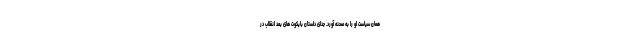
همان سیاست او را به صحنه آورد. جدای داستان بایکوت های بعد انقلاب در